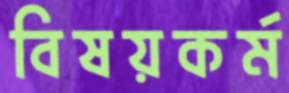
বিষয়কর্ম